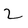
Character: 2